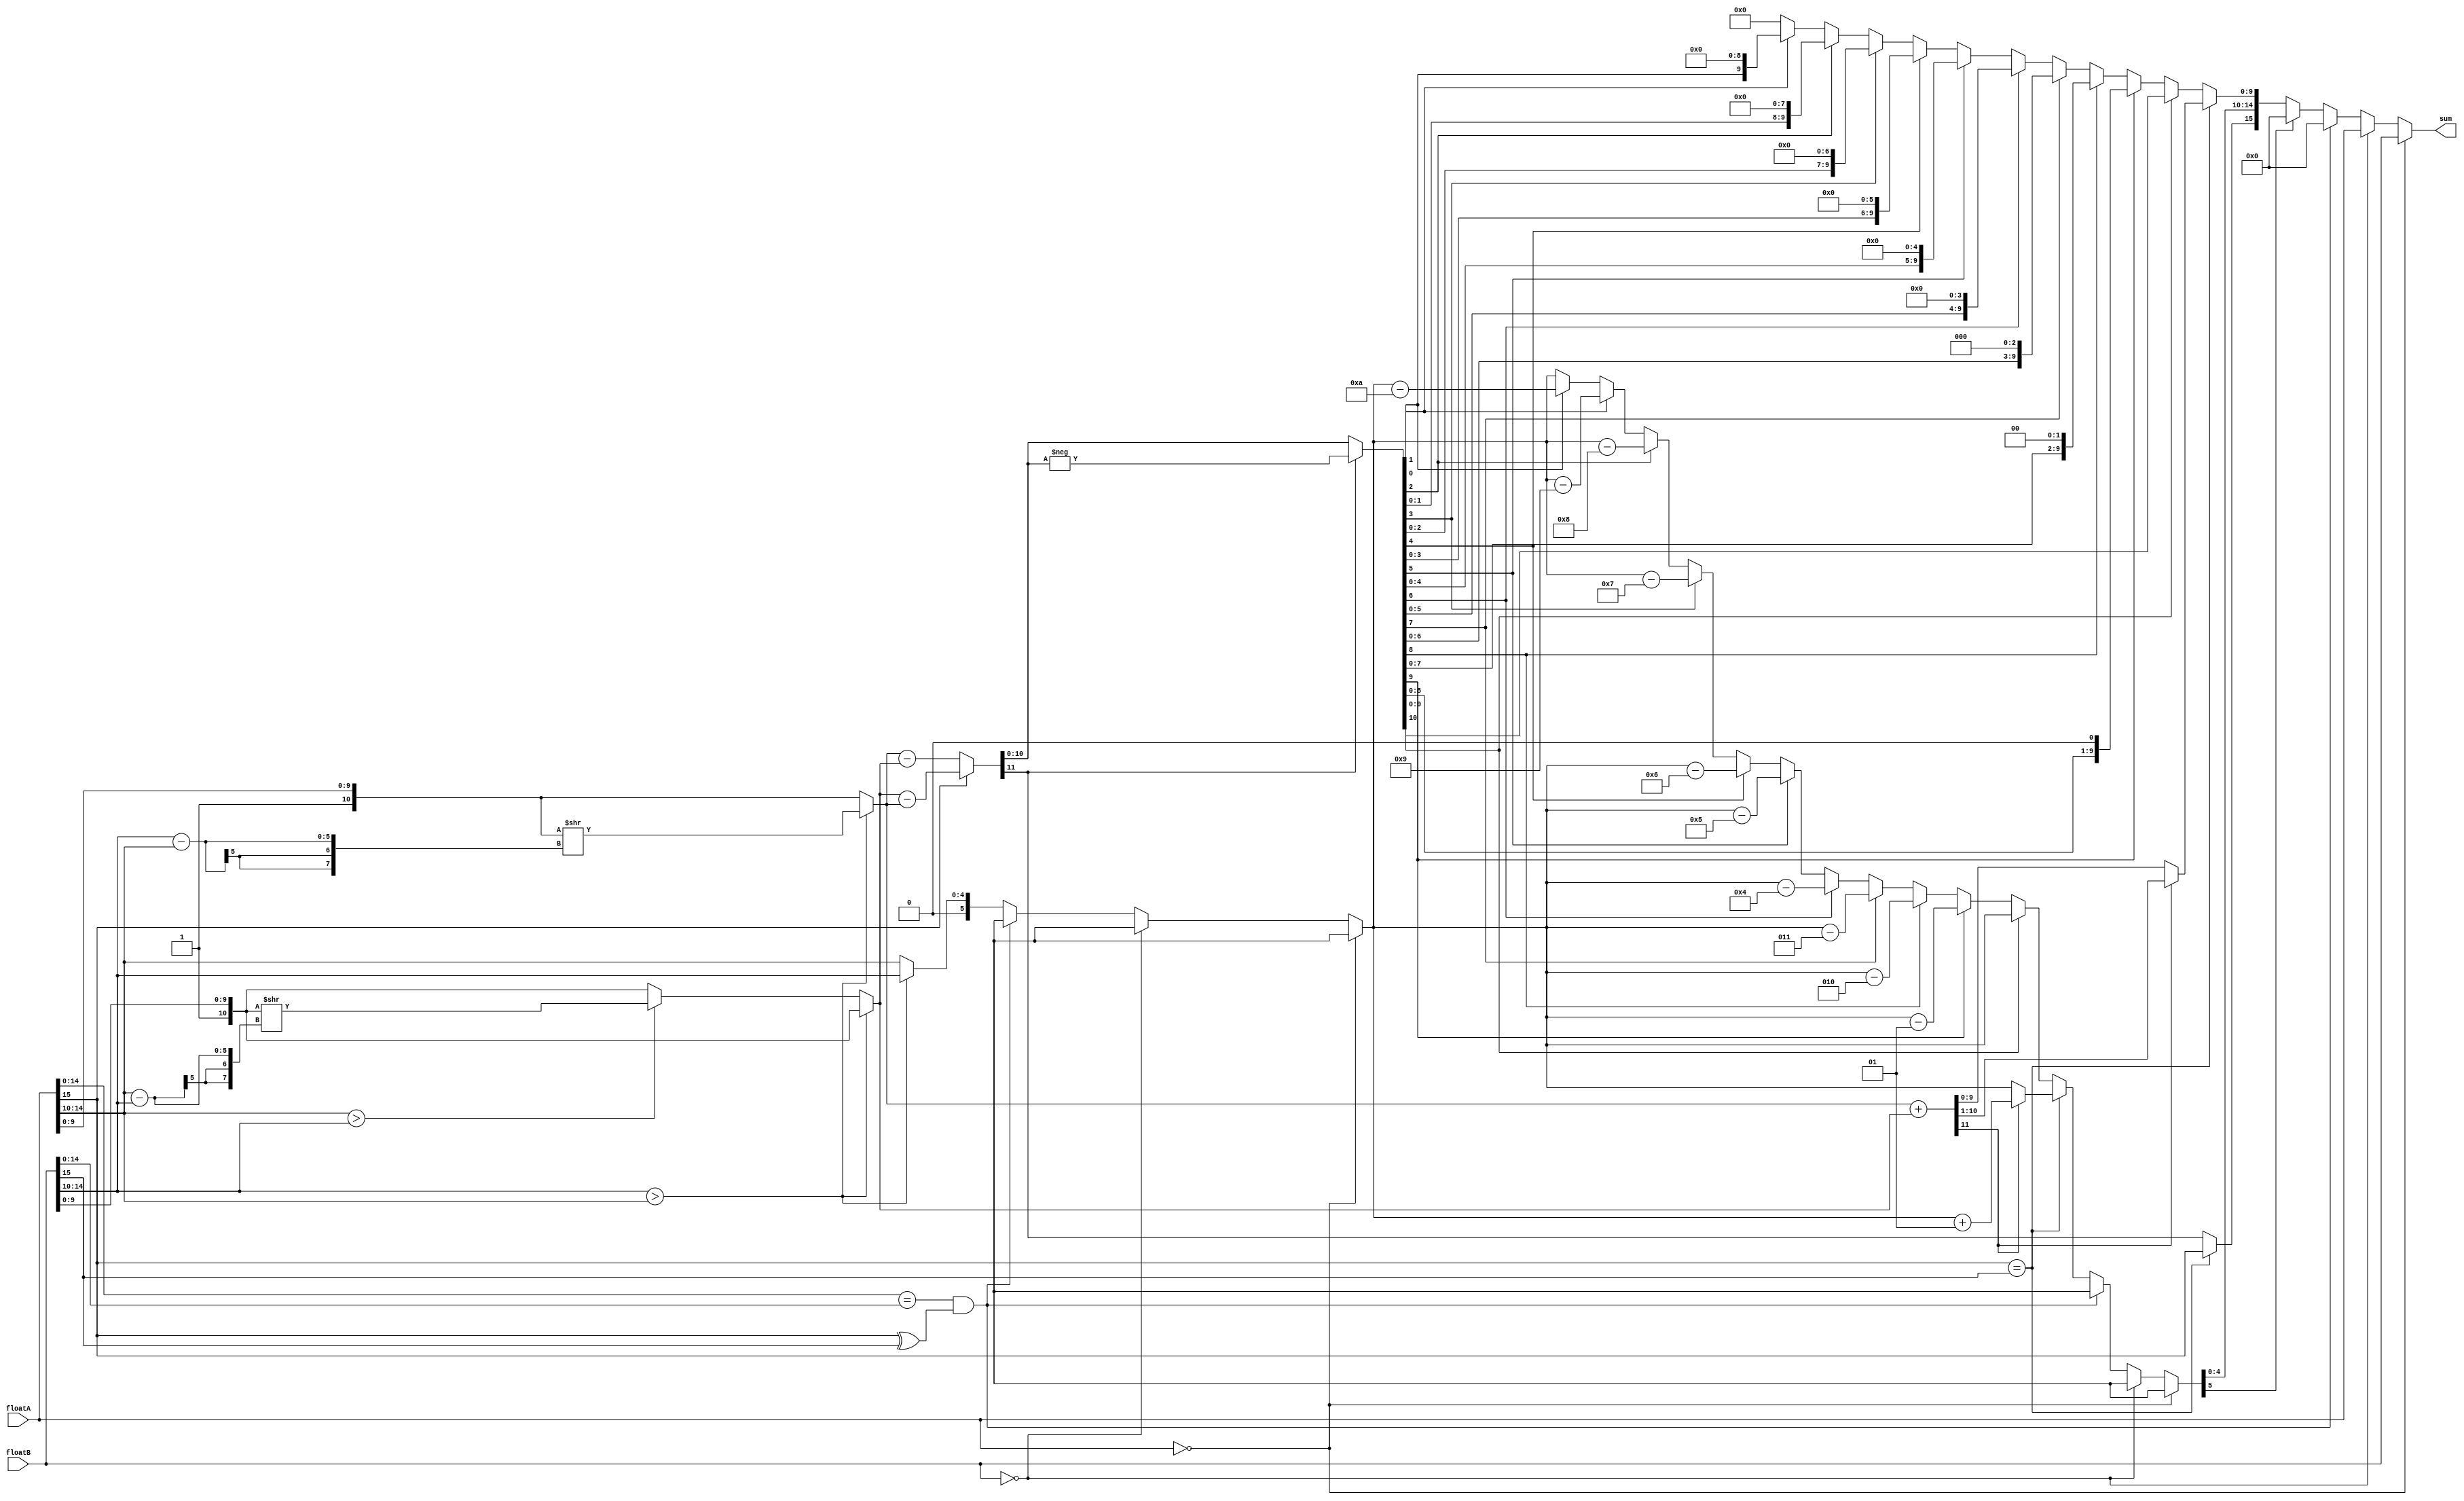
`timescale 100 ns / 10 ps

module floatAdd (floatA,floatB,sum);
	
input [15:0] floatA, floatB;
output reg [15:0] sum;

reg sign;
reg signed [5:0] exponent; //fifth bit is sign
reg [9:0] mantissa;
reg [4:0] exponentA, exponentB;
reg [10:0] fractionA, fractionB, fraction;	//fraction = {1,mantissa}
reg [7:0] shiftAmount;
reg cout;

always @ (floatA or floatB) begin
	exponentA = floatA[14:10];
	exponentB = floatB[14:10];
	fractionA = {1'b1,floatA[9:0]};
	fractionB = {1'b1,floatB[9:0]}; 
	
	exponent = exponentA;

	if (floatA == 0) begin						//special case (floatA = 0)
		sum = floatB;
	end else if (floatB == 0) begin					//special case (floatB = 0)
		sum = floatA;
	end else if (floatA[14:0] == floatB[14:0] && floatA[15]^floatB[15]==1'b1) begin
		sum=0;
	end else begin
		if (exponentB > exponentA) begin
			shiftAmount = exponentB - exponentA;
			fractionA = fractionA >> (shiftAmount);
			exponent = exponentB;
		end else if (exponentA > exponentB) begin 
			shiftAmount = exponentA - exponentB;
			fractionB = fractionB >> (shiftAmount);
			exponent = exponentA;
		end
		if (floatA[15] == floatB[15]) begin			//same sign
			{cout,fraction} = fractionA + fractionB;
			if (cout == 1'b1) begin
				{cout,fraction} = {cout,fraction} >> 1;
				exponent = exponent + 1;
			end
			sign = floatA[15];
		end else begin						//different signs
			if (floatA[15] == 1'b1) begin
				{cout,fraction} = fractionB - fractionA;
			end else begin
				{cout,fraction} = fractionA - fractionB;
			end
			sign = cout;
			if (cout == 1'b1) begin
				fraction = -fraction;
			end else begin
			end
			if (fraction [10] == 0) begin
				if (fraction[9] == 1'b1) begin
					fraction = fraction << 1;
					exponent = exponent - 1;
				end else if (fraction[8] == 1'b1) begin
					fraction = fraction << 2;
					exponent = exponent - 2;
				end else if (fraction[7] == 1'b1) begin
					fraction = fraction << 3;
					exponent = exponent - 3;
				end else if (fraction[6] == 1'b1) begin
					fraction = fraction << 4;
					exponent = exponent - 4;
				end else if (fraction[5] == 1'b1) begin
					fraction = fraction << 5;
					exponent = exponent - 5;
				end else if (fraction[4] == 1'b1) begin
					fraction = fraction << 6;
					exponent = exponent - 6;
				end else if (fraction[3] == 1'b1) begin
					fraction = fraction << 7;
					exponent = exponent - 7;
				end else if (fraction[2] == 1'b1) begin
					fraction = fraction << 8;
					exponent = exponent - 8;
				end else if (fraction[1] == 1'b1) begin
					fraction = fraction << 9;
					exponent = exponent - 9;
				end else if (fraction[0] == 1'b1) begin
					fraction = fraction << 10;
					exponent = exponent - 10;
				end 
			end
		end
		mantissa = fraction[9:0];
		if(exponent[5]==1'b1) begin //exponent is negative
			sum = 16'b0000000000000000;
		end
		else begin
			sum = {sign,exponent[4:0],mantissa};
		end		
	end		
end

endmodule